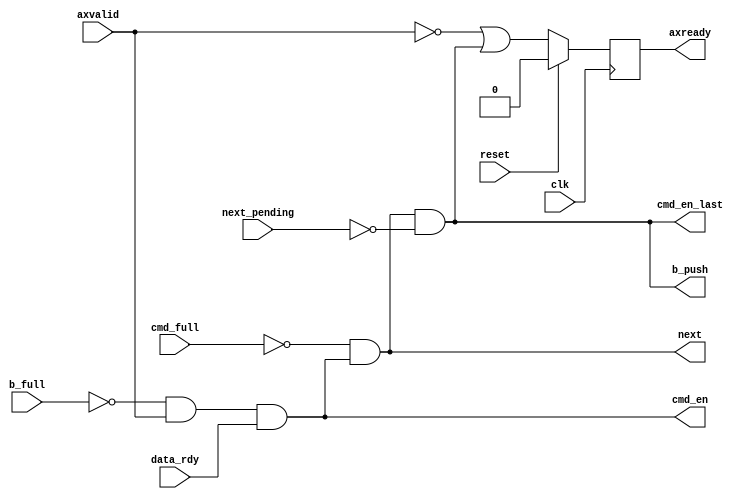
module mig_7series_v4_0_axi_mc_wr_cmd_fsm #(
  parameter integer C_MC_BURST_LEN              = 1,
  parameter integer C_MC_RD_INST              = 0
)
(
  input  wire                                 clk           , 
  input  wire                                 reset         , 
  output reg                                  axready       , 
  input  wire                                 axvalid       , 
  output wire                                 cmd_en        , 
  input  wire                                 cmd_full      , 
  output wire                                 next          , 
  input  wire                                 next_pending  ,
  input  wire                                 data_rdy    ,
  output wire                                 b_push        ,
  input  wire                                 b_full        ,
  output wire                                 cmd_en_last   
);
    assign cmd_en = (~b_full & axvalid & data_rdy);
    assign next = (~cmd_full & cmd_en);
    assign cmd_en_last = next & ~next_pending;
    assign b_push  = cmd_en_last;
  always @(posedge clk) begin
    if (reset)
      axready <= 1'b0;
    else
      axready <= ~axvalid | cmd_en_last;
  end
endmodule